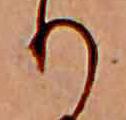
り